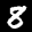
Label: 8